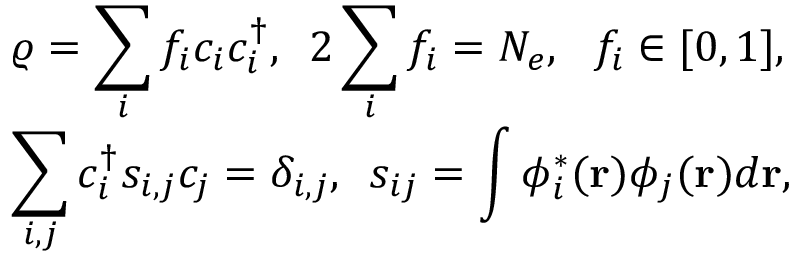
\begin{array} { l } { { \displaystyle \varrho = \sum _ { i } f _ { i } c _ { i } c _ { i } ^ { \dagger } , ~ ~ } { \displaystyle 2 \sum _ { i } f _ { i } = N _ { e } , ~ ~ f _ { i } \in [ 0 , 1 ] , } } \\ { { \displaystyle \sum _ { i , j } c _ { i } ^ { \dagger } s _ { i , j } c _ { j } = \delta _ { i , j } , ~ ~ } { \displaystyle s _ { i j } = \int \phi _ { i } ^ { * } ( { \bf r } ) \phi _ { j } ( { \bf r } ) d { \bf r } } , } \end{array}